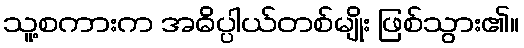
သူ့စကားက အဓိပ္ပါယ်တစ်မျိုး ဖြစ်သွား၏။